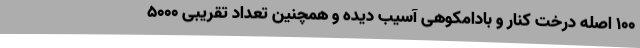
100 اصله درخت کنار و بادامکوهی آسیب دیده و همچنین تعداد تقریبی 5000